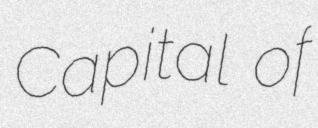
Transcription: Capital of